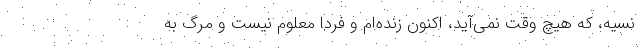
نسیه، که هیچ وقت نمی‌آید، اکنون زنده‌ام و فردا معلوم نیست و مرگ به